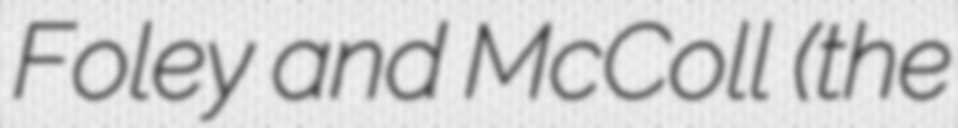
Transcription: Foley and McColl (the